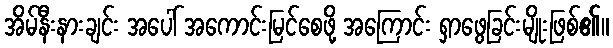
အိမ်နီးနားချင်း အပေါ် အကောင်းမြင်စေဖို့ အကြောင်း ရှာဖွေခြင်းမျိုးဖြစ်၏။